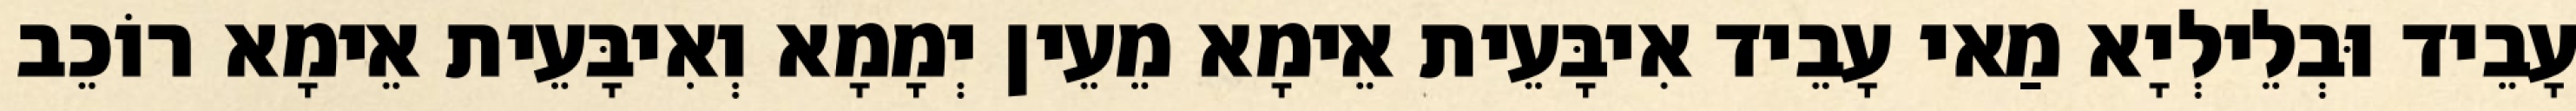
עָבֵיד וּבְלֵילְיָא מַאי עָבֵיד אִיבָּעֵית אֵימָא מֵעֵין יְמָמָא וְאִיבָּעֵית אֵימָא רוֹכֵב